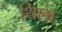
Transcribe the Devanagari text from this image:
थिला